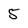
Character: 5